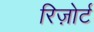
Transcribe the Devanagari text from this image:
रिज़ोर्ट